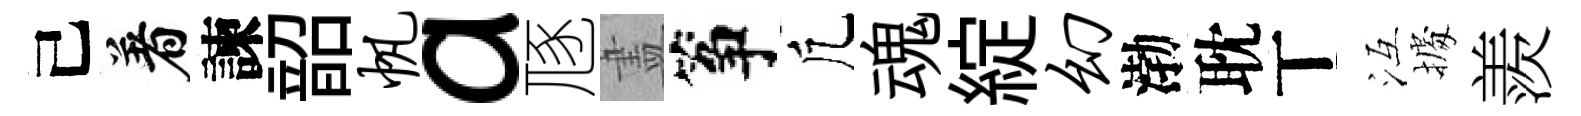
己着諫韶帆a豗𥁞筝凢魂綻幻渤耽丅冱𢴃羨